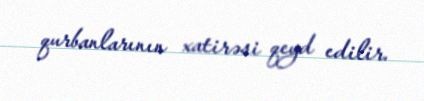
qurbanlarının xatirəsi qeyd edilir.